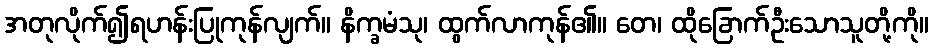
အတုလိုက်၍ရဟန်းပြုကုန်လျက်။ နိက္ခမံသု၊ ထွက်လာကုန်၏။ တေ၊ ထိုခြောက်ဦးသောသူတို့ကို။